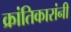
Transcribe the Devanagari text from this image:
क्रांतिकारांनी